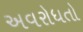
અવરોધતો